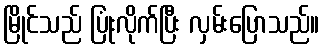
မြိုင်သည် ပြုံးလိုက်ပြီး လှမ်းပြောသည်။